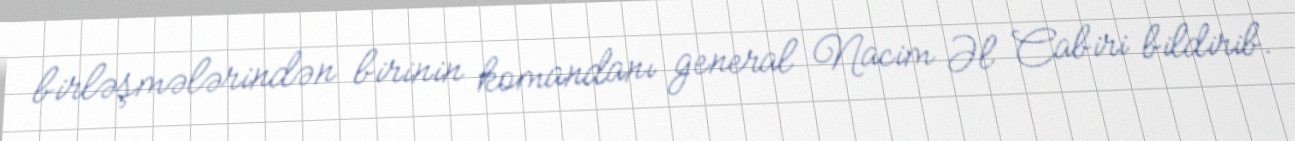
birləşmələrindən birinin komandanı general Nacim Əl Cabiri bildirib.